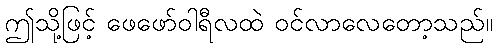
ဤသို့ဖြင့် ဖေဖော်ဝါရီလထဲ ဝင်လာလေတော့သည်။